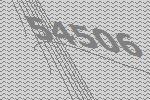
54506